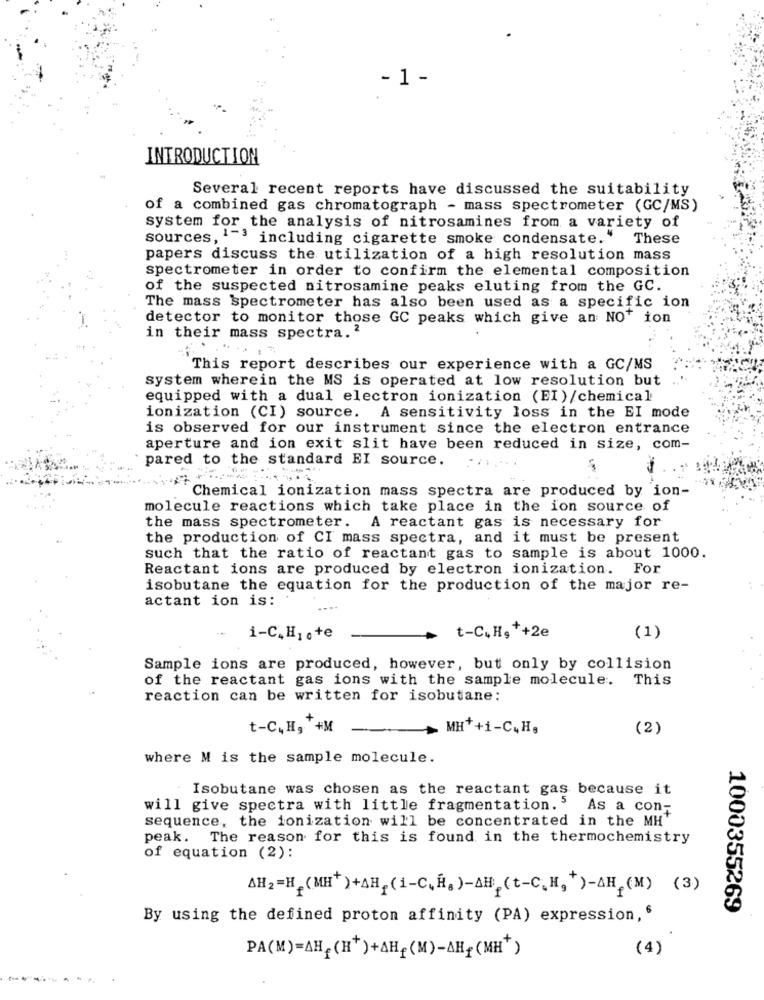
- 1 -
INTRODUCTION
Several recent reports have discussed the suitability
of a combined gas chromatograph - mass spectrometer (GC/MS)
system for the analysis of nitrosamines from a variety of
sources,"
1-3 including cigarette smoke condensate. "
These
papers discuss the utilization of a high resolution mass
spectrometer in order to confirm the elemental composition
of the suspected nitrosamine peaks eluting from the GC.
The mass spectrometer has also been used as a specific ion
detector to monitor those GC peaks which give an NOT ion
in their mass spectra. 2
This report describes our experience with a GC/MS
system wherein the MS is operated at low resolution but
equipped with a dual electron ionization (EI)/chemical
ionization (CI) source. A sensitivity loss in the EI mode
is observed for our instrument since the electron entrance
aperture and ion exit slit have been reduced in size, com-
pared to the standard EI source.
Chemical ionization mass spectra are produced by ion-
molecule reactions which take place in the ion source of
the mass spectrometer. A reactant gas is necessary for
the production of CI mass spectra, and it must be present
such that the ratio of reactant gas to sample is about 1000.
Reactant ions are produced by electron ionization. For
isobutane the equation for the production of the major re-
actant ion is:
t-C. H,++2e
i-C,H1 c +e
(1)
Sample ions are produced, however, but only by collision
of the reactant gas ions with the sample molecule.
This
reaction can be written for isobutane:
t-C, H, +M
MH++1-C. H.
(2)
where M is the sample molecule.
Isobutane was chosen as the reactant gas because it
will give spectra with little fragmentation. $
As a con-
sequence, the ionization will be concentrated in the MH"
peak. The reason for this is found in the thermochemistry
of equation (2):
AH2=H (MH+)+AH(1-C.H.)-AH.(t-C.H2+)-AH.(M) (3)
1000355269
By using the defined proton affinity (PA) expression, '
(4)
PA(M)=AH,(H+)+AH,(M)-AH{(MH+)